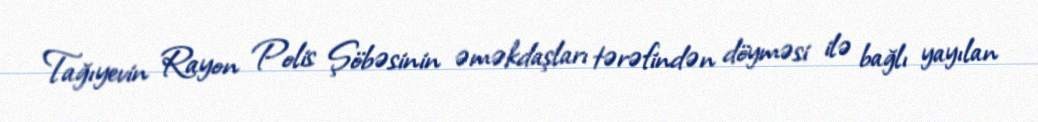
Tağıyevin Rayon Polis Şöbəsinin əməkdaşları tərəfindən döyməsi ilə bağlı yayılan